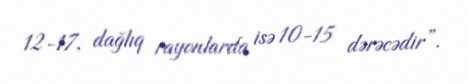
12-17, dağlıq rayonlarda isə 10-15 dərəcədir”.